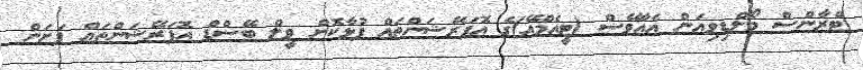
ޓްރާންސް މޯލްޑިވިއަން އެއާވޭސް (ޓީއެމްއޭ)ގެ އޮޕަރޭޝަންތައް ފުޅާކޮށް ވީލް ބޭސްޑް އޮޕަރޭޝަންތައް ފަށަން